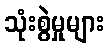
သုံးစွဲမှုများ